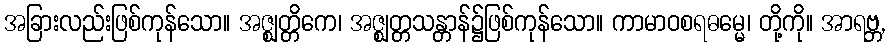
အခြားလည်းဖြစ်ကုန်သော။ အဇ္ဈတ္တိကေ၊ အဇ္ဈတ္တသန္တာန်၌ဖြစ်ကုန်သော။ ကာမာဝစရဓမ္မေ၊ တို့ကို။ အာရဗ္ဘ,